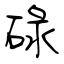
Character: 碌